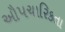
ઔપચારિકતા